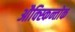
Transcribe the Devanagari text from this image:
औक्स्किन्तोक